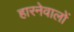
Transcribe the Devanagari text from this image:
हारनेवालों